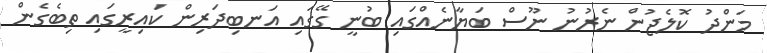
މަންދު ކޮލެޖުން ނެރުނު ނޫސް ބަޔާނެއްގައި ބުނީ ގޭގައި އަނބިދަރިން ކައިރީގައި ތިބެގެން